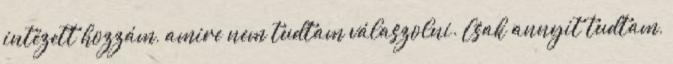
intézett hozzám, amire nem tudtam válaszolni. Csak annyit tudtam,